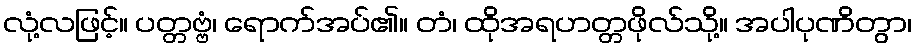
လုံ့လဖြင့်။ ပတ္တဗ္ဗံ၊ ရောက်အပ်၏။ တံ၊ ထိုအရဟတ္တဖိုလ်သို့။ အပါပုဏိတွာ၊